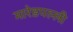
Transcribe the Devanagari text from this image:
मारेडपल्ली